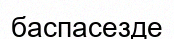
баспасезде